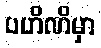
ပဟိဏိမှာ